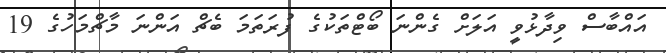
އައްބާސް ވިދާޅުވީ އަލަށް ގެންނަ ބޯޓްތަކުގެ ފުރަތަމަ ބެޗް އަންނަ މާޗްމަހުގެ 19